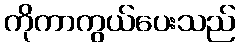
ကိုကာကွယ်ပေးသည်